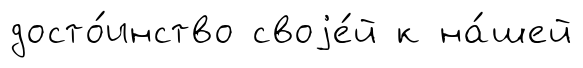
досто́инство своjе́й к на́шей